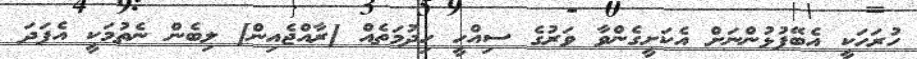
ހުރަހަކީ އެބޭފުޅުންނަށް އެކަށީގެންވާ ވަރުގެ ސިއްހީ ހިދުމަތެއް [ރާއްޖެއިން] ލިބެން ނެތުމަކީ އެފަދަ